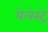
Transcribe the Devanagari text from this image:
येलेस्ट्रे